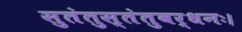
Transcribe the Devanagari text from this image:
सुतंतुस्तंतुवर्धनः।